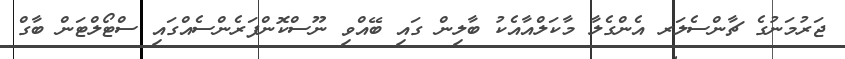
ޖަރުމަނުގެ ޗާންސެލަރ އެންގެލާ މާކަލްއާއެކު ބާލިން ގައި ބޭއްވި ނޫސްކޮންފަރެންސެއްގައި ސްޓޯލްޓަން ބާގް